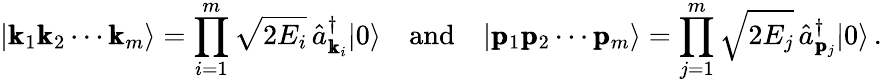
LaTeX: |\pmb{\mathrm{k}}_{1}\pmb{\mathrm{k}}_{2}\cdots\pmb{\mathrm{k}}_{m}\rangle=\prod_{i=1}^{m}\sqrt{2E_{i}}\, \hat{a}_{\pmb{\mathrm{k}}_{i}}^{\dagger}|0\rangle\quad\mathrm{and}\quad|\pmb{\mathrm{p}}_{1}\pmb{\mathrm{p}}_{2}\cdots\pmb{\mathrm{p}}_{m}\rangle=\prod_{j=1}^{m}\sqrt{2E_{j}}\, \hat{a}_{\pmb{\mathrm{p}}_{j}}^{\dagger}|0\rangle\, .